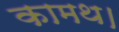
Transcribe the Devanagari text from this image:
कामथ।